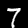
Label: 7